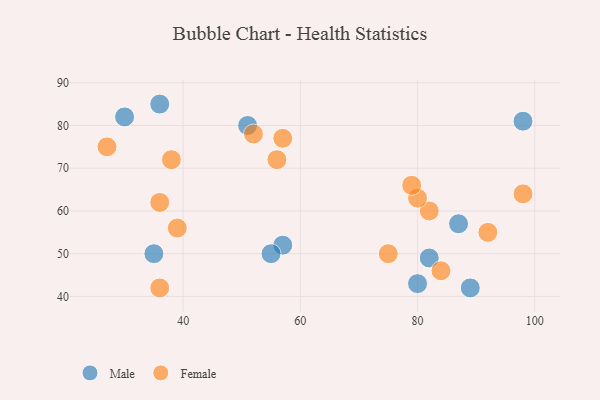
{"axis": {"x": "GDP", "y": "Life Expectancy"}, "legend": ["Female", "Male"], "data": [{"x": "57", "y": 52, "type": "Male"}, {"x": "55", "y": 50, "type": "Male"}, {"x": "98", "y": 81, "type": "Male"}, {"x": "30", "y": 82, "type": "Male"}, {"x": "82", "y": 49, "type": "Male"}, {"x": "80", "y": 43, "type": "Male"}, {"x": "87", "y": 57, "type": "Male"}, {"x": "35", "y": 50, "type": "Male"}, {"x": "51", "y": 80, "type": "Male"}, {"x": "36", "y": 85, "type": "Male"}, {"x": "89", "y": 42, "type": "Male"}, {"x": "82", "y": 60, "type": "Female"}, {"x": "39", "y": 56, "type": "Female"}, {"x": "27", "y": 75, "type": "Female"}, {"x": "75", "y": 50, "type": "Female"}, {"x": "92", "y": 55, "type": "Female"}, {"x": "98", "y": 64, "type": "Female"}, {"x": "80", "y": 63, "type": "Female"}, {"x": "36", "y": 42, "type": "Female"}, {"x": "79", "y": 66, "type": "Female"}, {"x": "36", "y": 62, "type": "Female"}, {"x": "84", "y": 46, "type": "Female"}, {"x": "56", "y": 72, "type": "Female"}, {"x": "57", "y": 77, "type": "Female"}, {"x": "52", "y": 78, "type": "Female"}, {"x": "38", "y": 72, "type": "Female"}]}